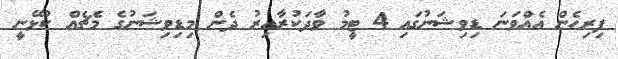
ފިރިހެން އެއްވަނަ ޑިވިޝަނުގައި 4 ޓީމު ވާދަކުރާއިރު ދެން މިޑިވިޝަނުގެ މެޗެއް ކުޅޭނީ